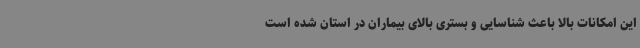
این امکانات بالا باعث شناسایی و بستری بالای بیماران در استان شده است